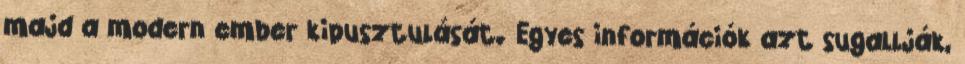
majd a modern ember kipusztulását. Egyes információk azt sugallják,